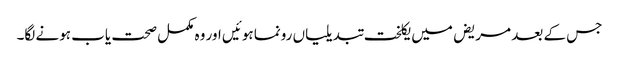
جس کے بعد مریض میں یکلخت تبدیلیاں رونما ہوئیں اور وہ مکمل صحت یاب ہونے لگا۔